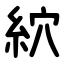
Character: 䋉